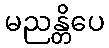
မညန္တိပေ